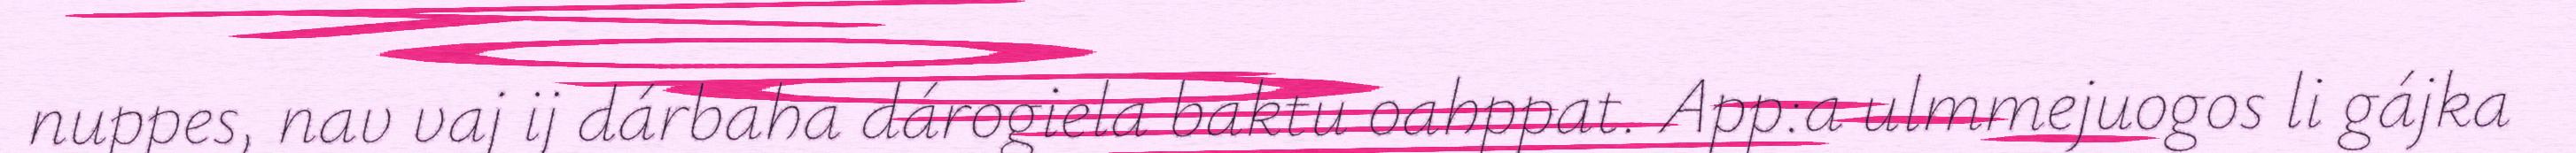
nuppes, nav vaj ij dárbaha dárogiela baktu oahppat. App:a ulmmejuogos li gájka